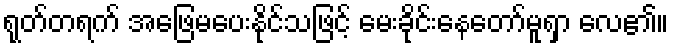
ရုတ်တရက် အဖြေမပေးနိုင်သဖြင့် မေးခိုင်းနေတော်မူရှာ လေ၏။